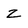
Character: z